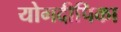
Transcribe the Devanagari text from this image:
योगदीपिका